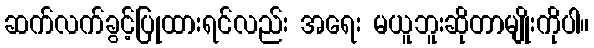
ဆက်လက်ခွင့်ပြုထားရင်လည်း အရေး မယူဘူးဆိုတာမျိုးကိုပါ။